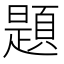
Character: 題